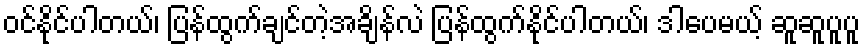
ဝင်နိုင်ပါတယ်၊ ပြန်ထွက်ချင်တဲ့အချိန်လဲ ပြန်ထွက်နိုင်ပါတယ်၊ ဒါပေမယ့် ဆူဆူပူပူ